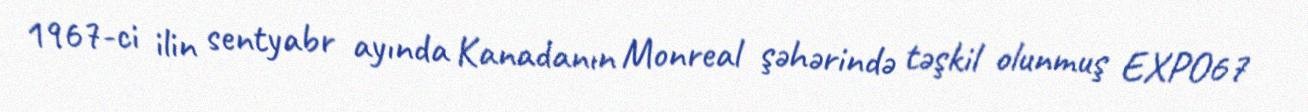
1967-ci ilin sentyabr ayında Kanadanın Monreal şəhərində təşkil olunmuş EXPO67